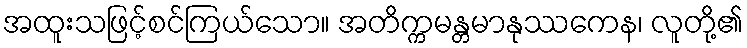
အထူးသဖြင့်စင်ကြယ်သော။ အတိက္ကမန္တမာနုဿကေန၊ လူတို့၏